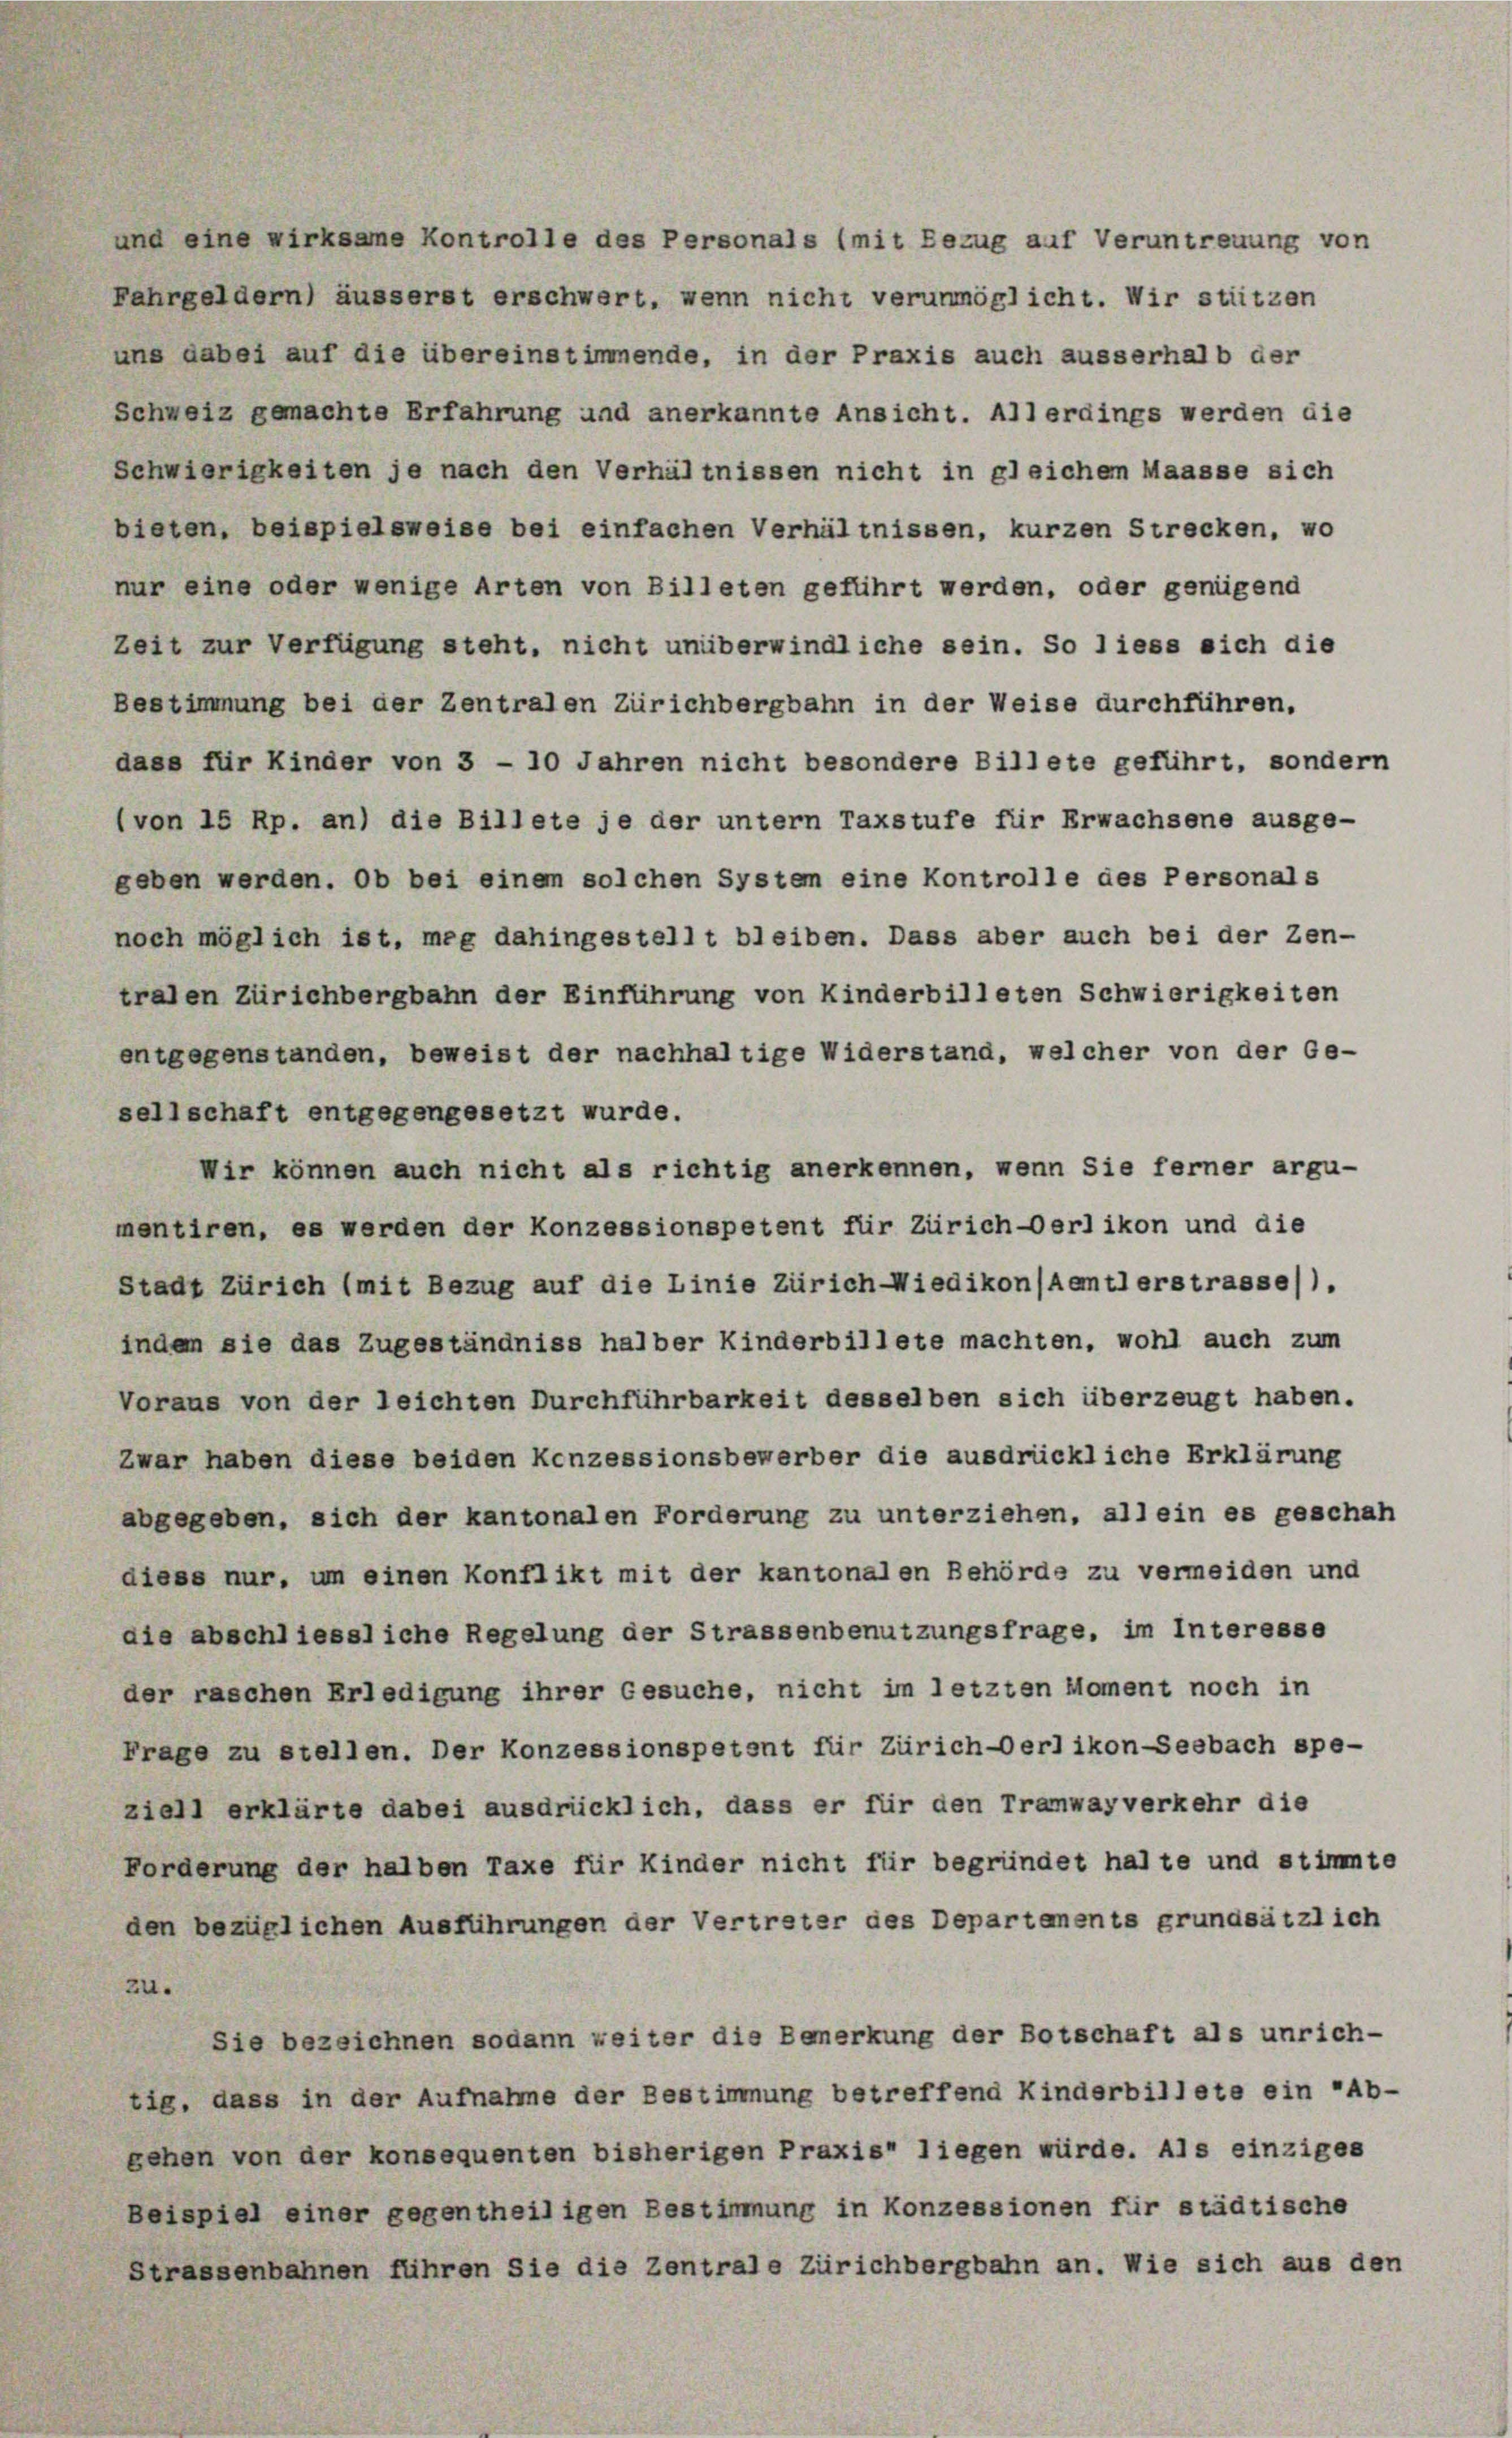
und eine wirksame Kontrolle des Personals (mit Bezug auf Veruntreuung von
Fahrgeldern) äusserst erschwert, wenn nicht verunmöglicht. Wir stützen
uns dabei auf die übereinstimmende, in der Praxis auch ausserhalb der
Schweiz gemachte Erfahrung und anerkannte Ansicht. Allerdings werden die
Schwierigkeiten je nach den Verhältnissen nicht in gleichem Maasse sich
bieten, beispielsweise bei einfachen Verhältnissen, kurzen Strecken, wo
nur eine oder wenige Arten von Billeten geführt werden, oder genügend
Zeit zur Verfügung steht, nicht unüberwindliche sein. So liess sich die
Bestimmung bei der Zentralen Zürichbergbahn in der Weise durchführen.
dass für Kinder von 3 - 10 Jahren nicht besondere Billete geführt, sondern
(von 15 Rp. an) die Billete je der untern Taxstufe für Erwachsene ausge-
geben werden. Ob bei einem solchen System eine Kontrolle des Personals
noch möglich ist, meg dahingestellt bleiben. Dass aber auch bei der Zen-
tralen Zürichbergbahn der Einführung von Kinderbilleten Schwierigkeiten
entgegenstanden, beweist der nachhaltige Widerstand, welcher von der Ge-
sellschaft entgegengesetzt wurde.
Wir können auch nicht als richtig anerkennen, wenn Sie ferner argu-
mentiren, es werden der Konzessionspetent für Zürich-Oerlikon und die
Stadt Zürich (mit Bezug auf die Linie Zürich-Wiedikon (Aemtl erstrasse).
indem sie das Zugeständniss halber Kinderbillete machten, wohl auch zum
Voraus von der leichten Durchführbarkeit desselben sich überzeugt haben.
Zwar haben diese beiden Kenzessionsbewerber die ausdrückliche Erklärung
abgegeben, sich der kantonalen Forderung zu unterziehen, all ein es geschah
diese nur, um einen Konflikt mit der kantonalen Behörde zu vermeiden und
die abschliessliche Regelung der Strassenbenutzungsfrage, im Interesse
der raschen Erledigung ihrer Gesuche, nicht im letzten Moment noch in
Frage zu stellen. Der Konzessionspetent für Zürich-Oerlikon-Seebach spe-
ziell erklärte dabei ausdrücklich, dass er für den Tramwayverkehr die
Forderung der halben Taxe für Kinder nicht für begründet halte und stimmte
den bezüglichen Ausführungen der Vertreter des Departements grundsätzlich
zu.
Sie bezeichnen sodann weiter die Bemerkung der Botschaft als unrich-
tig, dass in der Aufnahme der Bestimmung betreffend Kinderbillete ein Ab-
gehen von der konsequenten bisherigen Praxis liegen würde. Als einziges
Beispiel einer gegentheiligen Bestimmung in Konzessionen für städtische
Strassenbahnen führen Sie die Zentrale Zürichbergbahn an. Wie sich aus den